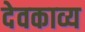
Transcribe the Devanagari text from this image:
देवकाव्य